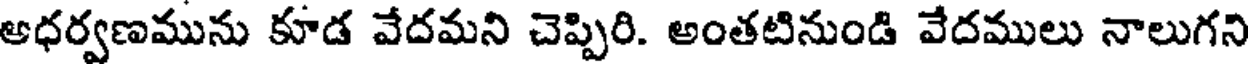
అధర్వణమును కూడ వేదమని చెప్పిరి. అంతటినుండి వేదములు నాలుగని